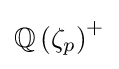
\mathbb {Q} \left(\zeta _{p}\right)^{+}